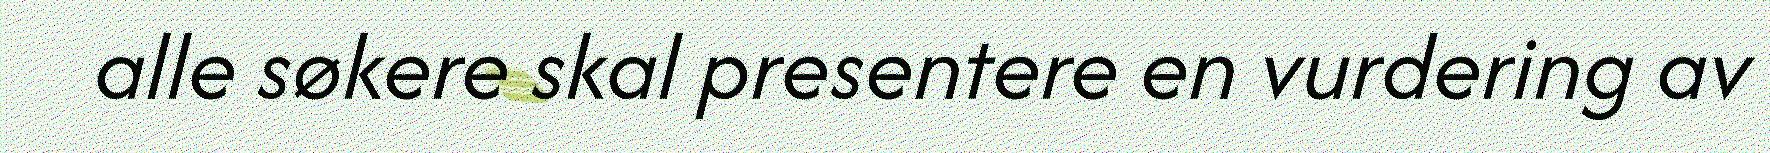
alle søkere skal presentere en vurdering av